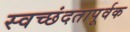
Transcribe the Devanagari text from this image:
स्वच्छंदतापूर्वक